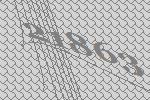
21863